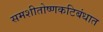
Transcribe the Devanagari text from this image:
समशीतोष्णकटिबंधात